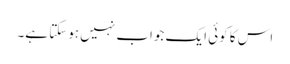
اس کا کوئی ایک جواب نہیں ہوسکتا ہے۔